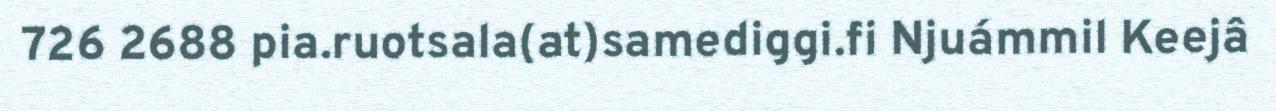
726 2688 pia.ruotsala(at)samediggi.fi Njuámmil Keejâ